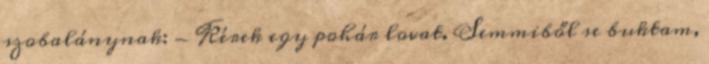
szobalánynak: - Kérek egy pohár lovat. Semmiből se buktam,